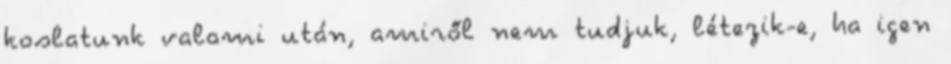
koslatunk valami után, amiről nem tudjuk, létezik-e, ha igen